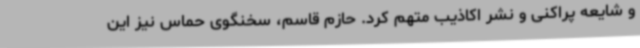
و شایعه پراکنی و نشر اکاذیب متهم کرد. حازم قاسم، سخنگوی حماس نیز این